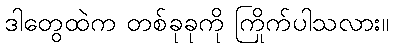
ဒါတွေထဲက တစ်ခုခုကို ကြိုက်ပါသလား။